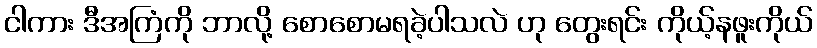
ငါကား ဒီအကြံကို ဘာလို့ စောစောမရခဲ့ပါသလဲ ဟု တွေးရင်း ကိုယ့်နဖူးကိုယ်